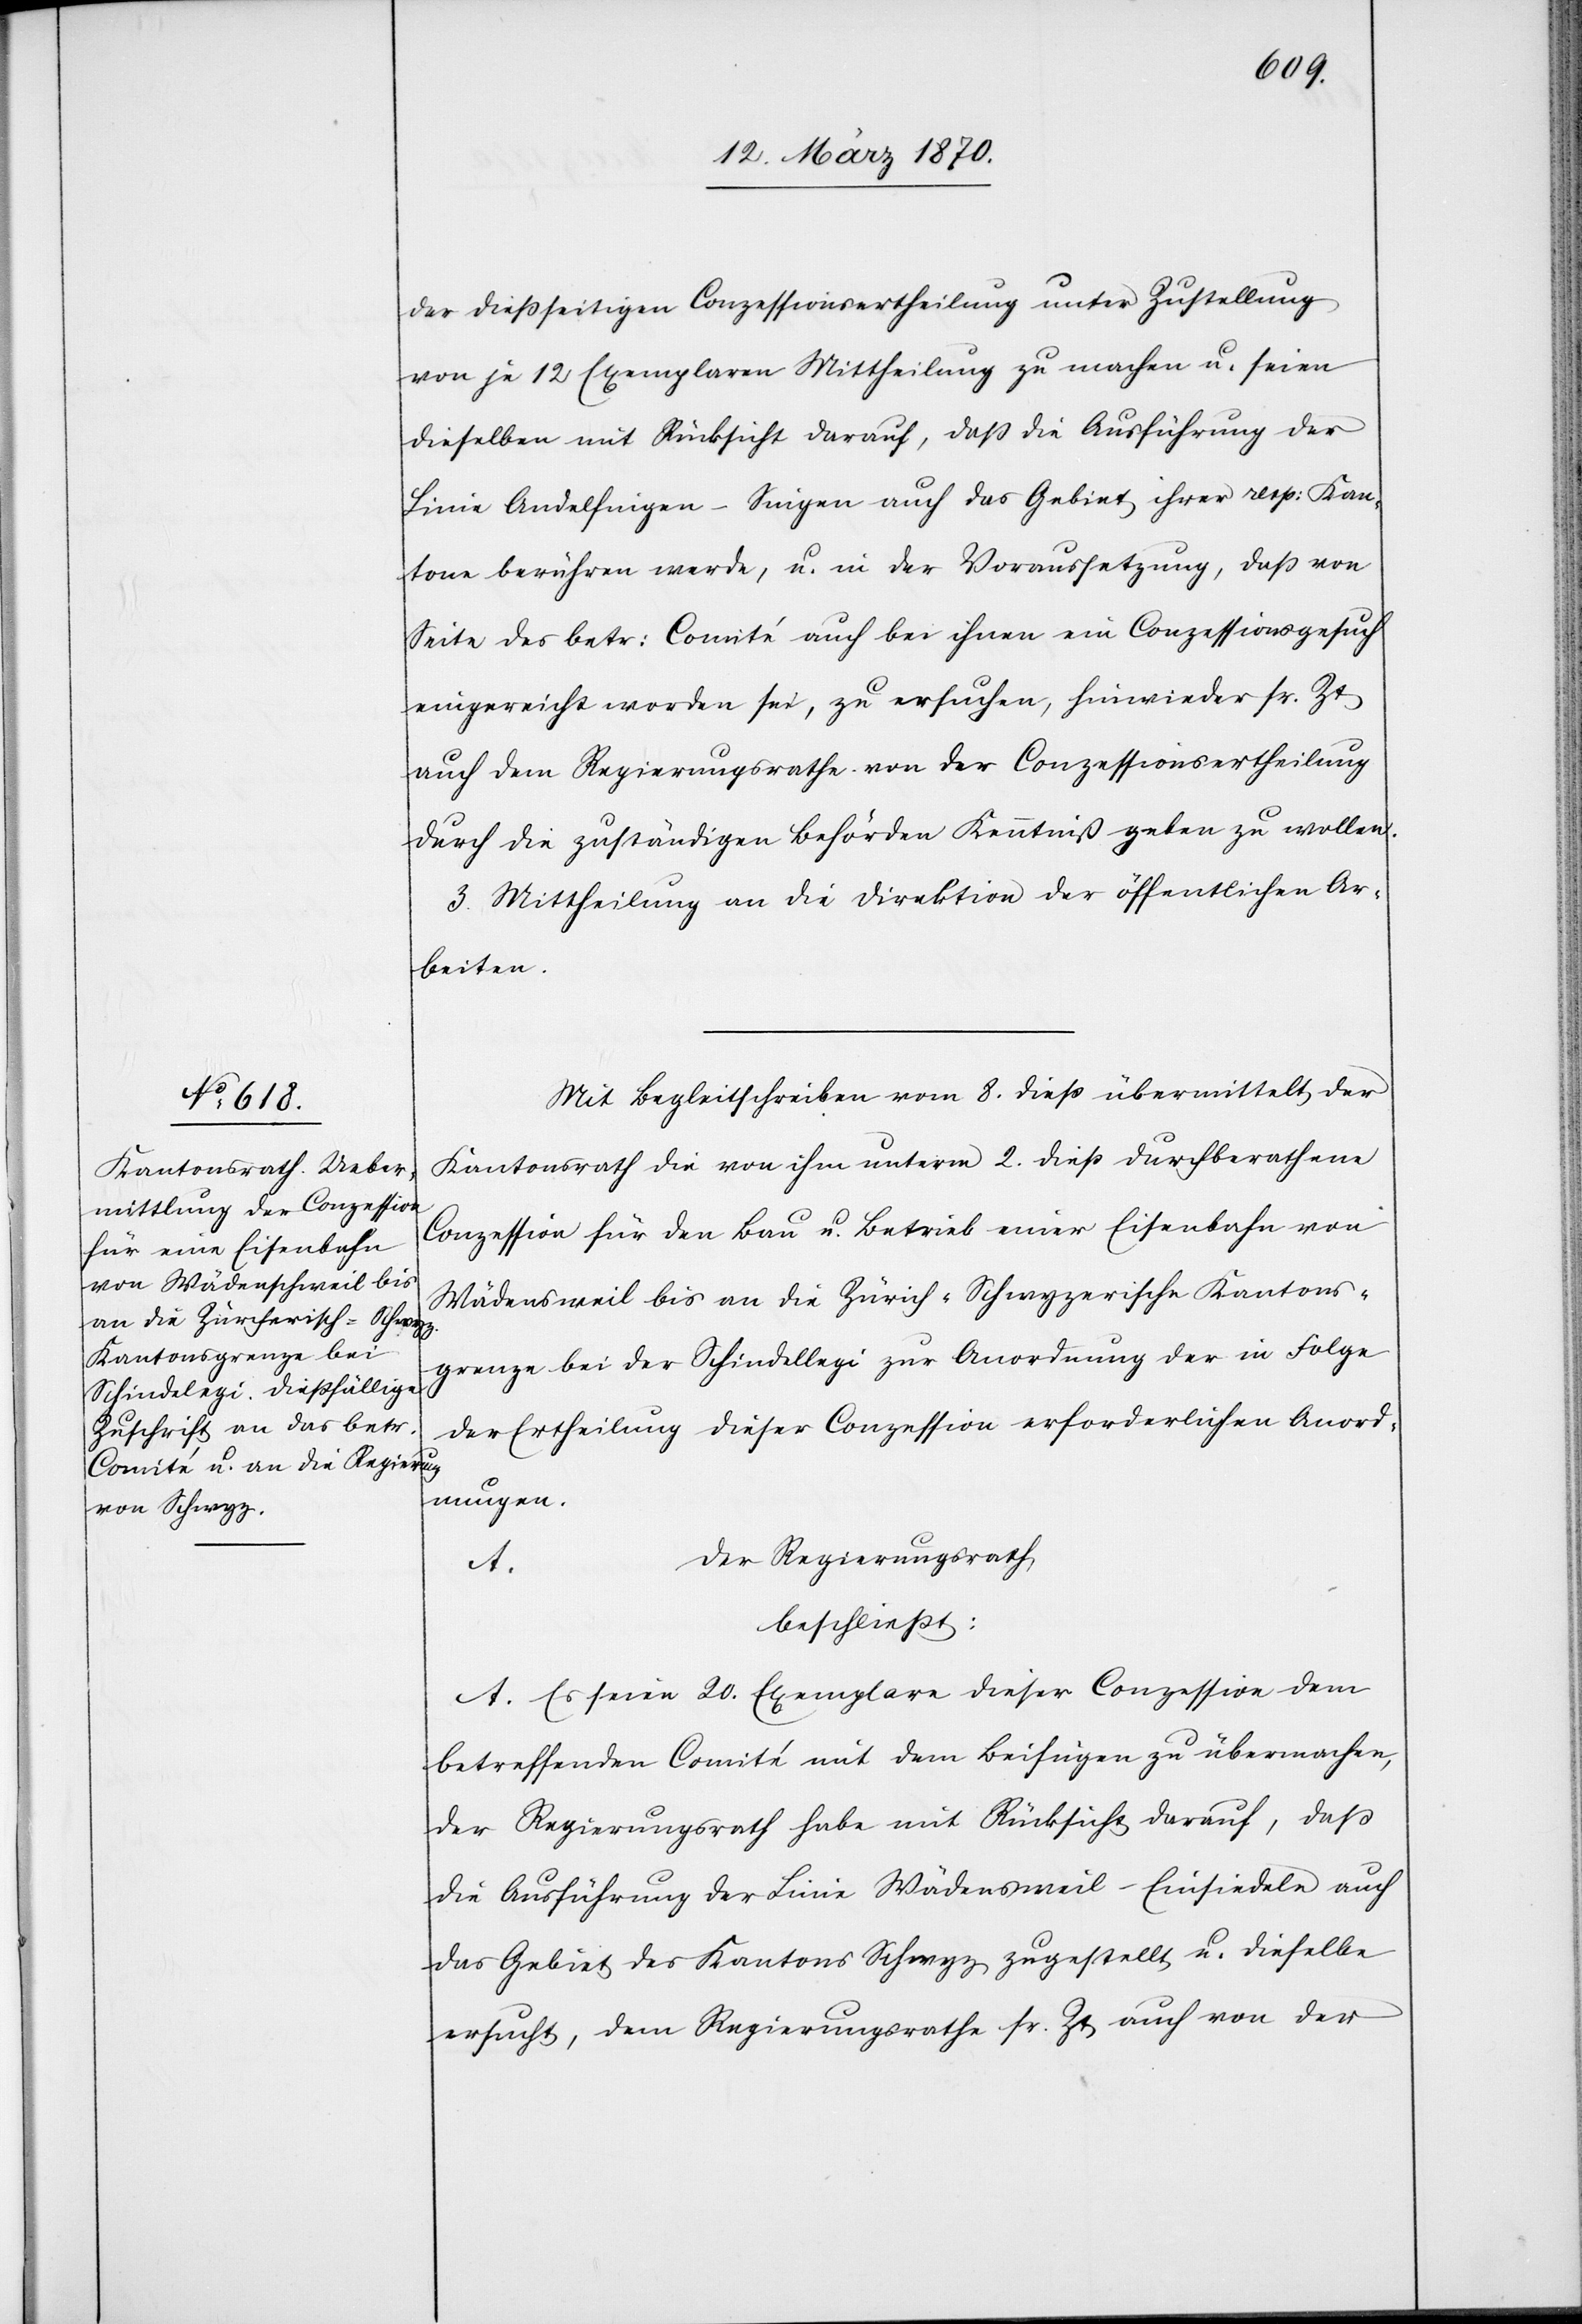
der dießseitigen Conzessionsertheilung unter Zustellung
von je 12 Exemplaren Mittheilung zu machen u. seien
dieselben mit Rücksicht darauf, daß die Ausführung der
Linie Andelfingen-Singen auch das Gebiet ihrer resp: Kan¬
tone berühren werde, u. in der Voraussetzung, daß von
Seite des betr: Comité auch bei ihnen ein Conzessionsgesuch
eingereicht worden sei, zu ersuchen, hinwieder sr. Zt
auch dem Regierungsrathe von der Conzessionsertheilung
durch die zuständigen Behörden Kenntniß geben zu wollen.
3. Mittheilung an die Direktion der öffentlichen Ar¬
beiten.
Mit Begleitschreiben vom 8. dieß übermittelt der
Kantonsrath die von ihm unterm 2. dieß durchberathene
Conzession für den Bau u. Betrieb einer Eisenbahn von
Wädensweil [sic!] bis an die Zürich-Schwyzerische Kantons¬
grenze bei der Schindellegi [sic!] zur Anordnung der in Folge
der Ertheilung dieser Conzession erforderlichen Anord¬
nungen
Der Regierungsrath
beschließt:
1. Es seien 20. Exemplare dieser Conzession dem
betreffenden Comité mit dem Beifügen zu übermachen,
der Regierungsrath habe mit Rücksicht darauf, daß
die Ausführung der Linie Wädensweil-Einsiedeln auch
das Gebiet des Kantons Schwyz [berührt, somit auch die
ersucht, dem Regierungsrathe sr. Zt auch von der